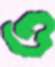
ও